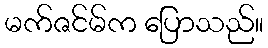
မက်ဇင်မ်က ပြောသည်။